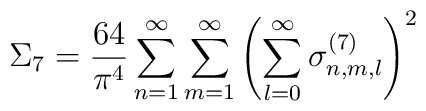
\Sigma_7 = \frac{64}{\pi^4} \sum_{n=1}^\infty\sum_{m=1}^\infty  \left( \sum_{l=0}^\infty\sigma_{n,m,l}^{(7)} \right)^2